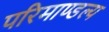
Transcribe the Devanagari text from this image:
परिमाण्डल्य